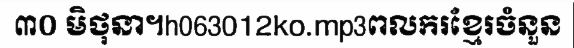
៣០ មិថុនា។h063012ko.mp3ពលករខ្មែរចំនួន